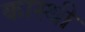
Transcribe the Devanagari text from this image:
कास्थी